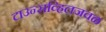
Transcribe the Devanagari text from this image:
टाउन्सव्हिलजवळ